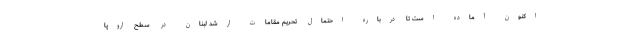
اکنون آماده است تا درباره احتمال تحریم‌ مقامات ارشد لبنان در سطح اروپا